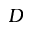
D